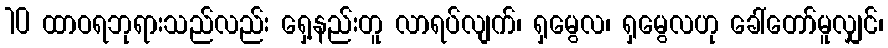
10 ထာဝရဘုရားသည်လည်း ရှေ့နည်းတူ လာရပ်လျက်၊ ရှမွေလ၊ ရှမွေလဟု ခေါ်တော်မူလျှင်၊